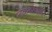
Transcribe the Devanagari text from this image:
लोकनाट्यांतून